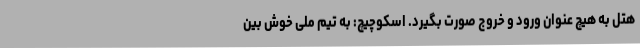
هتل به هیچ عنوان ورود و خروج صورت بگیرد. اسکوچیچ: به تیم ملی خوش بین